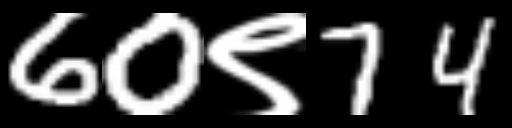
Text: 60९74